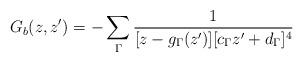
LaTeX: \begin{align*}G_b(z,z')=-\sum_\Gamma\frac{1}{[z-g_\Gamma(z')][c_\Gamma z'+d_\Gamma]^4}\end{align*}